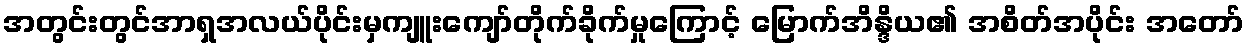
အတွင်းတွင်အာရှအလယ်ပိုင်းမှကျူးကျော်တိုက်ခိုက်မှုကြောင့် မြောက်အိန္ဒိယ၏ အစိတ်အပိုင်း အတော်